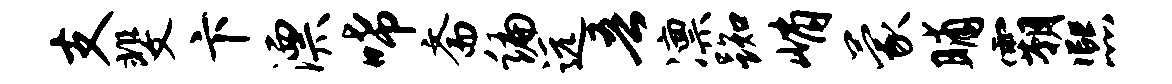
支斐卞漂唏斋编远吾凛踟峭蒙晡霸熙